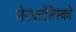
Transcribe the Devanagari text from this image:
सेनफ्रांसिस्को